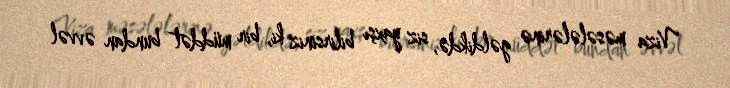
Viza məsələlərinə gəldikdə, siz yaxşı bilirsiniz ki, bir müddət bundan əvvəl